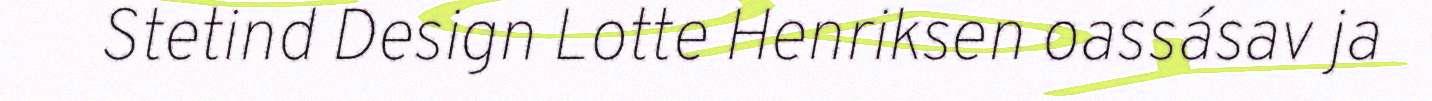
Stetind Design Lotte Henriksen oassásav ja